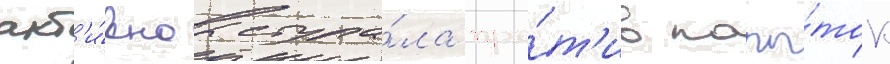
акт'и́вно выступа́ла про́т'ив попы́ток